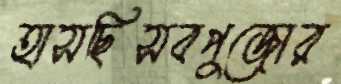
হাসছিসবপুজোর